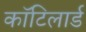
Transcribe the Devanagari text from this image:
कॉटिलार्ड